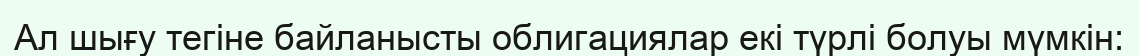
Ал шығу тегіне байланысты облигациялар екі түрлі болуы мүмкін: